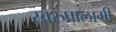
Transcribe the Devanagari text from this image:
स्वरुपालागी